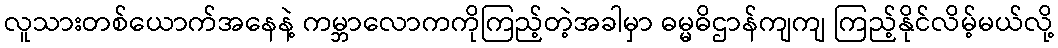
လူသားတစ်ယောက်အနေနဲ့ ကမ္ဘာလောကကိုကြည့်တဲ့အခါမှာ ဓမ္မဓိဌာန်ကျကျ ကြည့်နိုင်လိမ့်မယ်လို့